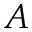
\cal A